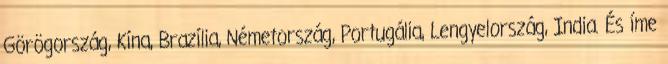
Görögország, Kína, Brazília, Németország, Portugália, Lengyelország, India. És íme